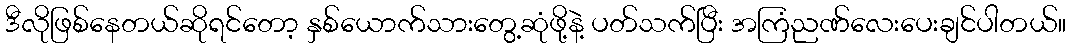
ဒီလိုဖြစ်နေတယ်ဆိုရင်တော့ နှစ်ယောက်သားတွေ့ဆုံဖို့နဲ့ ပတ်သက်ပြီး အကြံညဏ်လေးပေးချင်ပါတယ်။